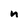
Character: m